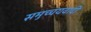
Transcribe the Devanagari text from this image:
समुच्चयवादी